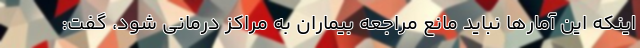
اینکه این آمارها نباید مانع مراجعه بیماران به مراکز درمانی شود، گفت: